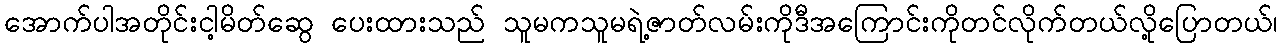
အောက်ပါအတိုင်းငါ့မိတ်ဆွေ ပေးထားသည် သူမကသူမရဲ့ဇာတ်လမ်းကိုဒီအကြောင်းကိုတင်လိုက်တယ်လို့ပြောတယ်၊